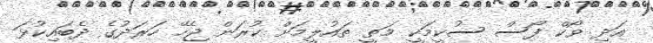
އަދި ވޯކް ފޯސް ސުކީމަކީ މަތީ ތައުލީމަށް ކުރަން ޖެހޭ ހަރަދުގެ ދެބައިކުޅަ